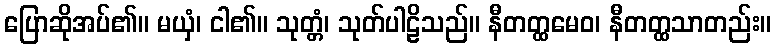
ပြောဆိုအပ်၏။ မယှံ၊ ငါ၏။ သုတ္တံ၊ သုတ်ပါဠိသည်။ နီတတ္ထမေဝ၊ နီတတ္ထသာတည်း။